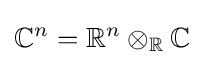
\mathbb {C} ^{n}=\mathbb {R} ^{n}\otimes _{\mathbb {R} }\mathbb {C}